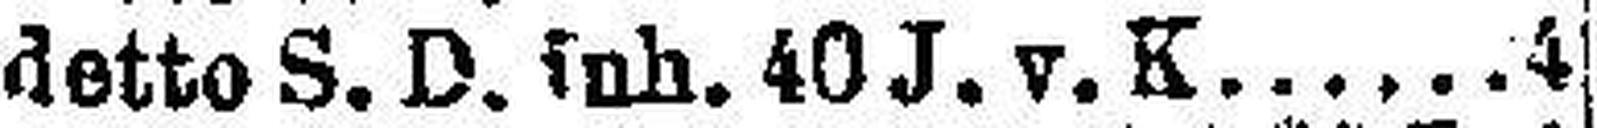
detto S. D. inh. 40 J. v. K. 4